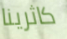
كاثرينا